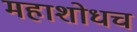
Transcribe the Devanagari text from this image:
महाशोधच